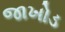
જાખોડ